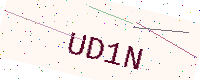
Text: UD1N